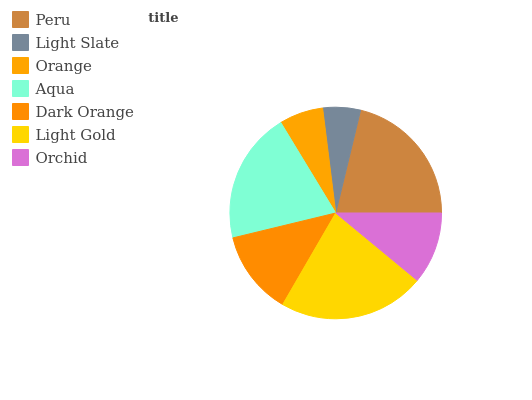
| Peru | Light Slate | Orange | Aqua | Dark Orange | Light Gold | Orchid |
 | --- | --- | --- | --- | --- | --- | --- |
 | 21.2% | 5.75% | 6.7% | 20.1% | 12.9% | 22.4% | 11% |